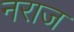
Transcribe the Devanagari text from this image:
नराज